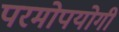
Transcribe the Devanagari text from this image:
परमोपयोगी